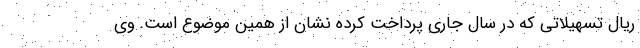
ریال تسهیلاتی که در سال جاری پرداخت کرده نشان از همین موضوع است. وی